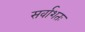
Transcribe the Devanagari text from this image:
सर्वाशतः